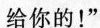
给你的！”